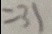
= 3 1